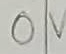
Text: 0V